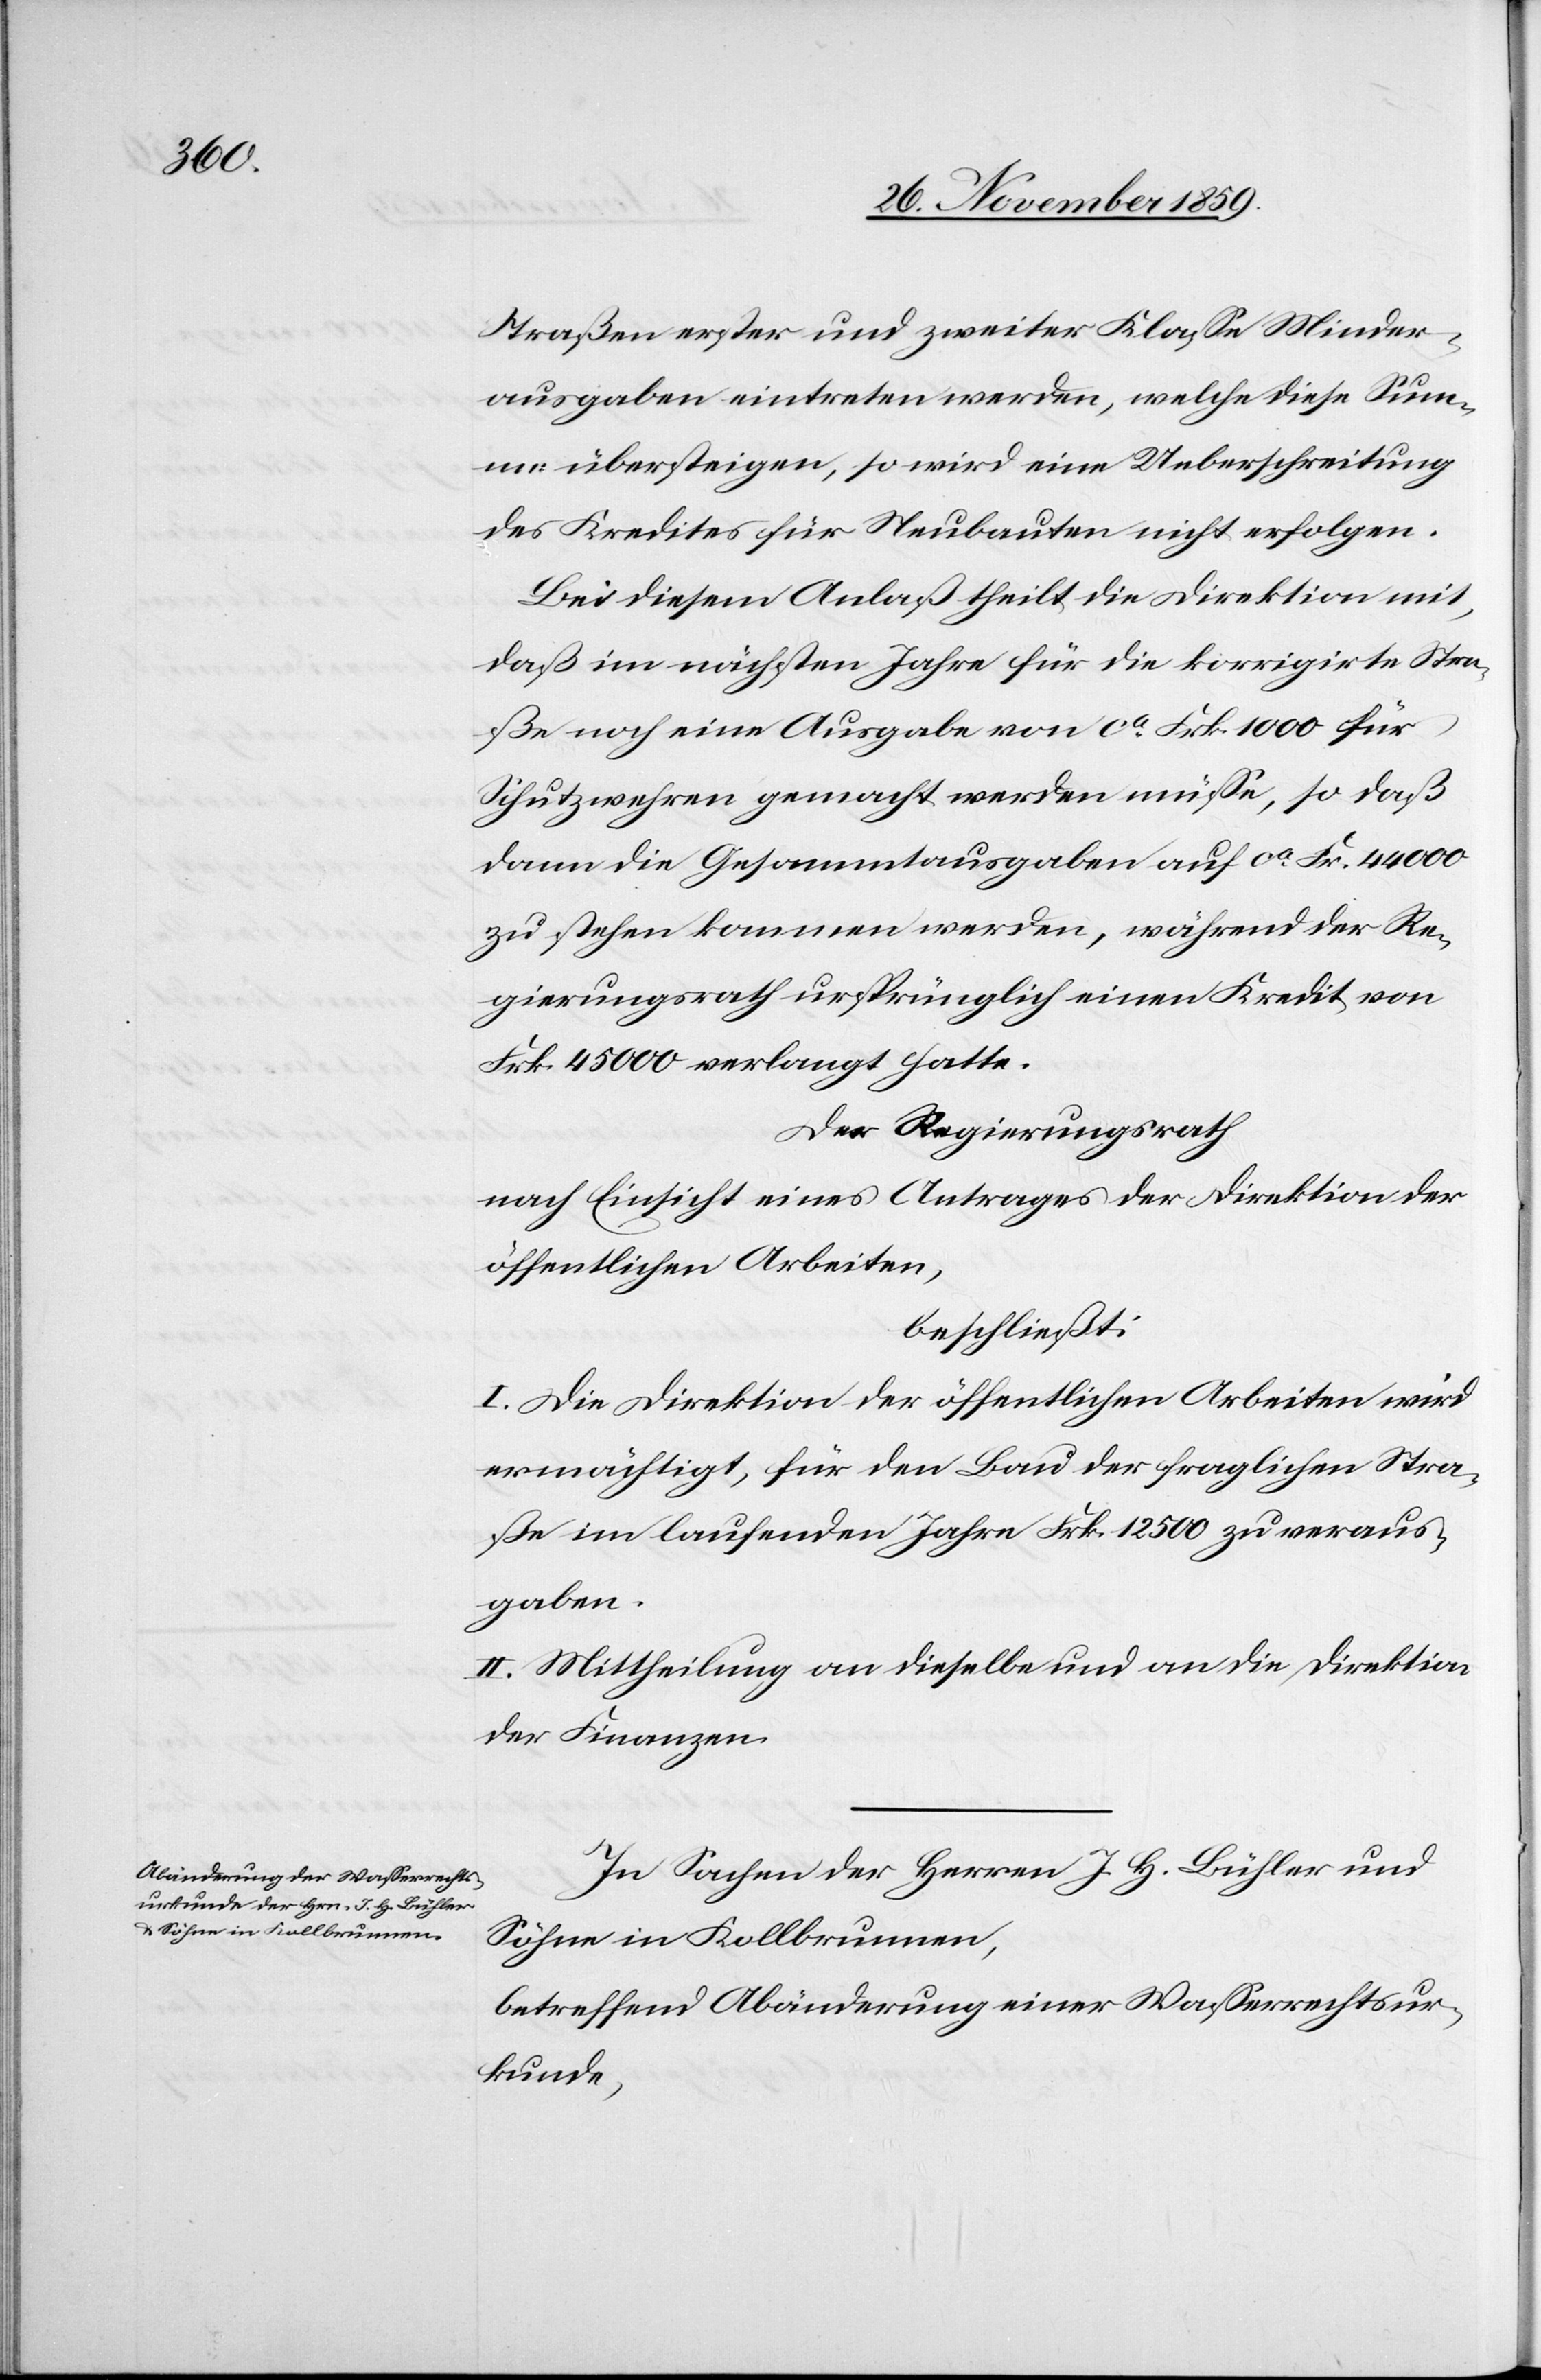
Straßen erster und zweiter Klasse Minder¬
ausgaben eintreten werden, welche diese Sum¬
me übersteigen, so wird eine Ueberschreitung
des Kredites für Neubauten nicht erfolgen.
Bei diesem Anlaß theilt die Direktion mit,
daß im nächsten Jahre für die korrigirte Stra¬
ße noch eine Ausgabe von ca Frk. 1000 für
Schutzwehren gemacht werden müsse, so daß
dann die Gesammtausgabe auf ca Fr. 44 000
zu stehen kommen werde, während der Re¬
gierungsrath ursprünglich einen Kredit von
Frk. 45 000 verlangt hatte.
Der Regierungsrath
nach Einsicht eines Antrages der Direktion der
öffentlichen Arbeiten,
beschließt:
I. Die Direktion der öffentlichen Arbeiten wird
ermächtigt, für den Bau der fraglichen Stra¬
ße im laufenden Jahre Frk. 12 500 zu veraus¬
gaben.
II. Mittheilung an dieselbe und an die Direktion
der Finanzen.
In Sachen der Herren J. H. Bühler und
Söhne in Kollbrunnen,
betreffend Abänderung einer Wasserrechtsur¬
kunde,